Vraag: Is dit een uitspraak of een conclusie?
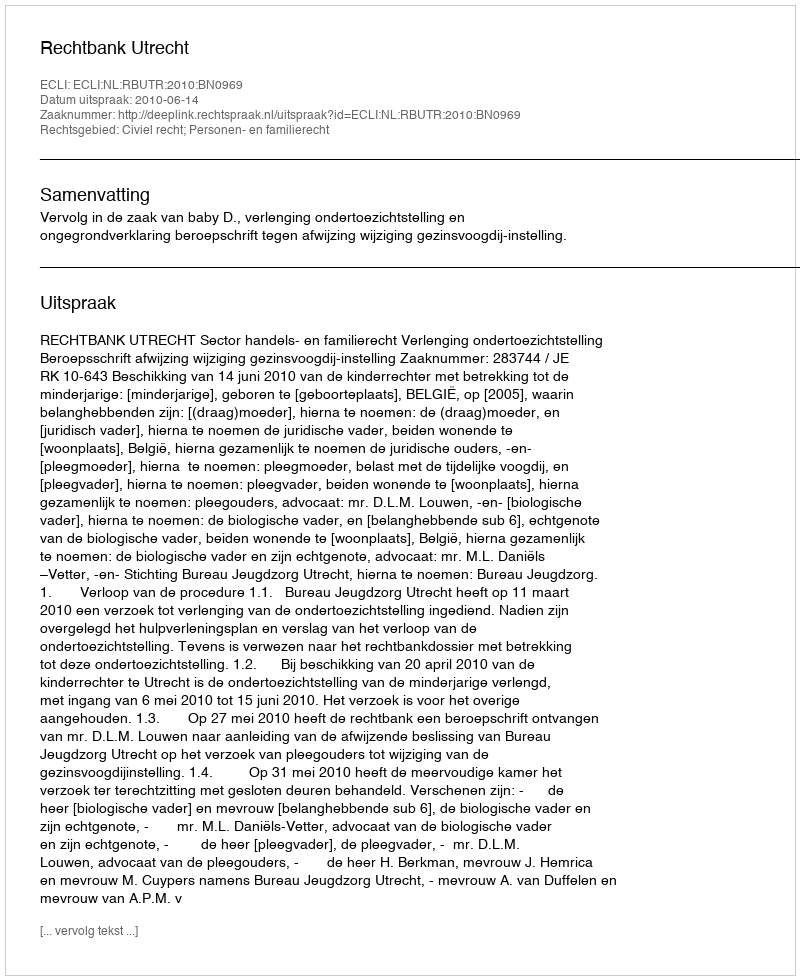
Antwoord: Uitspraak